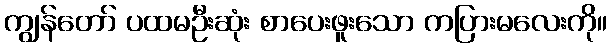
ကျွန်တော် ပထမဦးဆုံး စာပေးဖူးသော ကပြားမလေးကို။